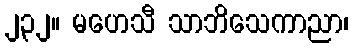
၂၃၂။ မဟေသီ သာဘိသေကာညာ၊